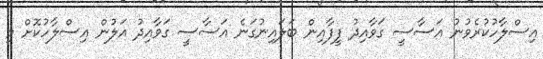
އިސްލާހުކުރެވުނު އަސާސީ ގަވާއިދު ފީފާއިން ބަލައިނުގަނެ އަސާސީ ގަވާއިދު އަލުން އިސްލާހުކޮށް މި